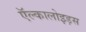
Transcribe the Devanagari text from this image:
ऍल्कालोइड़स